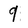
Character: 9